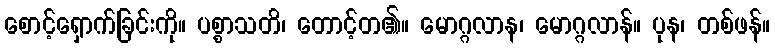
စောင့်ရှောက်ခြင်းကို။ ပစ္စာသတိ၊ တောင့်တ၏။ မောဂ္ဂလာန၊ မောဂ္ဂလာန်။ ပုန၊ တစ်ဖန်။